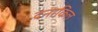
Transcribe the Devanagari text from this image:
दनाकिल